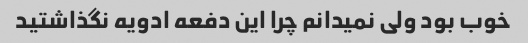
خوب بود ولی نمیدانم چرا این دفعه ادویه نگذاشتید